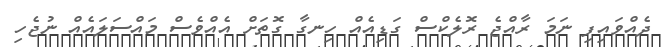
ދެއްވައިފި ނަމަ ރާއްޖެ ރޮލެކްސް ގަޑިއެއް ހިނގާ ގޮތަށް އެއްވެސް މައްސަލައެއް ނުޖެހި